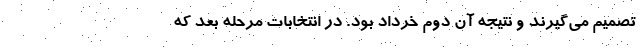
تصمیم می‌گیرند و نتیجه آن دوم خرداد بود. در انتخابات مرحله بعد که